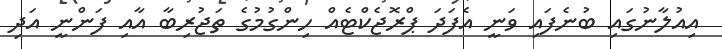
އިއުލާނުގައި ބުނެފައި ވަނީ އެފަދަ ޕްރޮޖެކްޓެއް ހިންގުމުގެ ތަޖުރިބާ އާއި ފަންނީ އަދި